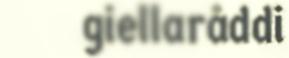
giellaråddi